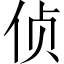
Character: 侦